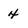
Character: 4